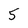
Character: 5